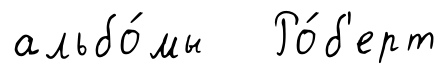
альбо́мы Ро́б'ерт